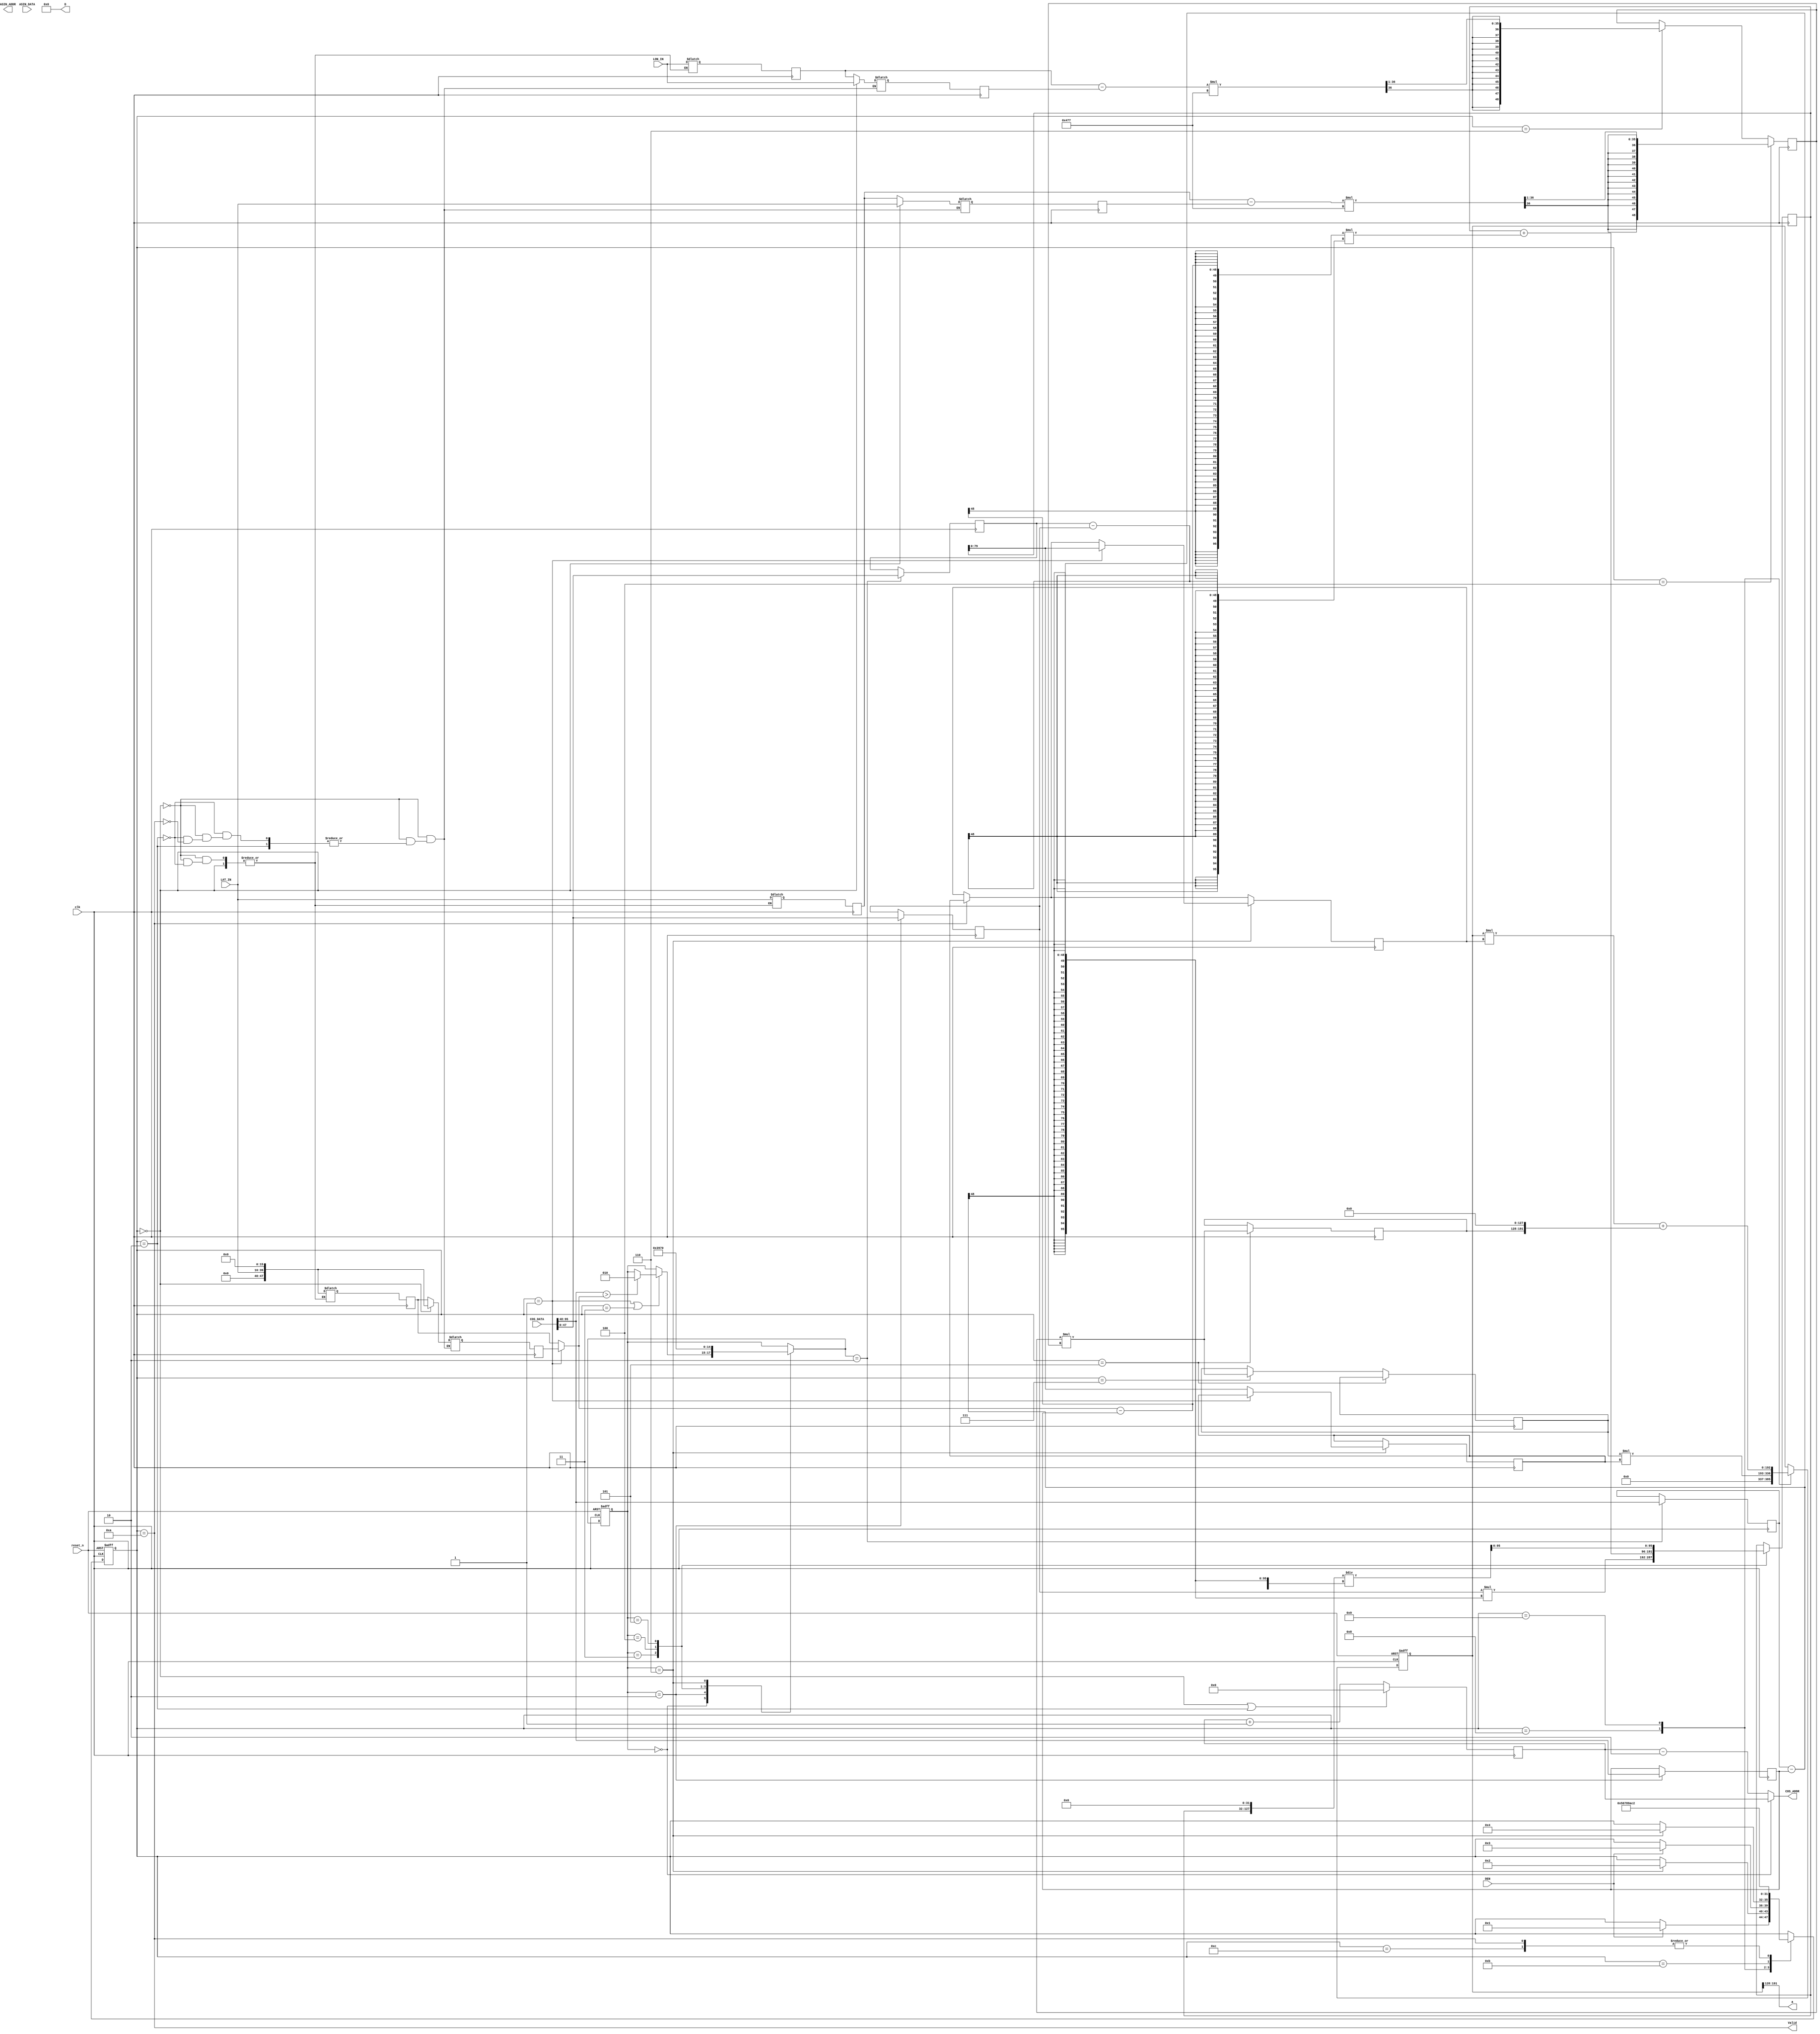
////synopsys translate_off
//`include "/RAID2/cad/synopsys/synthesis/2022.03/dw/sim_ver/DW_sqrt.v"
////synopsys translate_on

`timescale 1ns/10ps
module GPSDC(clk, reset_n, DEN, LON_IN, LAT_IN, COS_ADDR, COS_DATA, ASIN_ADDR, ASIN_DATA, Valid, a, D);
input              clk;
input              reset_n;
input              DEN;
input      [23:0]  LON_IN;
input      [23:0]  LAT_IN;
input      [95:0]  COS_DATA;
output     [6:0]   COS_ADDR;
input      [127:0] ASIN_DATA;
output     [5:0]   ASIN_ADDR;
output             Valid;
output     [39:0]  D;
output     [63:0]  a;

parameter SF = 2.0**-16;

parameter INPUT1 = 0;
parameter COS1 = 1;
parameter INPUT2 = 2;
parameter COS2 = 3;
parameter SIN1 = 4;
parameter SQ1 = 5;
parameter SIN2 = 6;
parameter SQ2 = 7;
parameter COSA_MUL_COSB = 8;
parameter CAL_A = 9;
parameter ARCSIN = 10;
parameter MUL_R = 11;
parameter OUT = 12;

parameter TB_GET_ADDR = 0;
parameter TB_GET_DATA2 = 2;
parameter TB_MUL_1 = 3;
parameter TB_MUL_2 = 4;
parameter TB_DIV = 5;
parameter TB_OUT = 6;

reg [3:0] cs, ns;
reg [2:0] cos_cs, cos_ns;
reg [2:0] arcsin_cs, arcsin_ns;

reg [23:0] latA_reg, lonA_reg, latB_reg, lonB_reg; // 8.16
reg [23:0] latA_nxt, lonA_nxt, latB_nxt, lonB_nxt;
reg [47:0] rad_latA_reg, rad_latB_reg; // 16.32
reg [47:0] rad_latA_nxt, rad_latB_nxt; // 16.32
reg [128+64:0] a_reg;
reg [128+64:0] a_nxt;

reg [6:0] addr_cnt;
reg [6:0] addr_cnt_nxt;

reg [47:0] cos_lat1_reg, cos_lat2_reg, cos_in1_reg, cos_in2_reg;
reg [47:0] cos_lat1_nxt, cos_lat2_nxt, cos_in1_nxt, cos_in2_nxt;

reg [47+32:0] cos_latA_reg, cos_latB_reg;
reg [47+32:0] cos_latA_nxt, cos_latB_nxt;

reg [95:0] cos_out_reg;
reg [95:0] cos_out_nxt;

reg [47:0] cos_in;

reg signed [48:0] sin_out_reg;
reg signed [48:0] sin_out_nxt;

reg [63:0] sq1_reg, sq2_reg;
reg [63:0] sq1_nxt, sq2_nxt;

always@(*) begin //INPUT
  if (cs == COS1) begin
    cos_in = rad_latA_reg;
  end else begin
    cos_in = rad_latB_reg;
  end
end

always@(*) begin //INPUT
  if (cs == INPUT1) begin
    latA_nxt = LAT_IN;
    lonA_nxt = LON_IN;
    rad_latA_nxt = {LAT_IN, 16'd0};
  end else if (cs == INPUT2) begin
    latB_nxt = LAT_IN;
    lonB_nxt = LON_IN;
    rad_latB_nxt = {LAT_IN, 16'd0};
  // end else if (cs == OUT) begin
  end else if (cs == ARCSIN) begin
    latA_nxt = latB_reg;
    lonA_nxt = lonB_reg;
    rad_latA_nxt = rad_latB_reg;
  end
end

always@(*) begin //CAL A
  case(cs) 
    COSA_MUL_COSB: begin
      a_nxt = sq2_reg * cos_latB_reg;
      // $display("sq2_reg: %.32f", $itor(sq2_reg)*SF**4);
      // $display("cos_latB_reg: %.32f", $itor(cos_latB_reg)*SF**2);
      // $display("a_nxt: %.32f", $itor(a_nxt)*SF**6);
    end
    CAL_A: begin
      a_nxt = a_reg * cos_latA_reg + {sq1_reg, 128'd0};
      // $display("a_reg: %.32f", $itor(a_reg)*SF**6);
      // $display("cos_latA_reg: %.32f", $itor(cos_latA_reg)*SF**2);
      // $display("sq1_reg: %.32f", $itor(sq1_reg)*SF**4);
      // $display("a_nxt: %.32f", $itor(a_nxt)*SF**8);
    end
    default: begin
      a_nxt = a_reg;
    end
  endcase
end

always@(*) begin //MAIN_FSM
  case(cs)
    INPUT1: begin
      if (DEN) 
        ns = COS1;
      else
        ns = cs;
    end
    COS1: begin
      if (cos_cs == TB_OUT)
        ns = INPUT2;
      else
        ns = cs;
    end
    INPUT2: begin
      if (DEN)
        ns = COS2;
      else
        ns = cs;
    end
    COS2: begin
      if (cos_cs == TB_OUT)
        ns = SIN1;
      else
        ns = cs;
    end
    SIN1: begin
      ns = SQ1;
    end
    SQ1: begin
      ns = SIN2;
    end
    SIN2: begin
      ns = SQ2;
    end
    SQ2: begin
      ns = COSA_MUL_COSB;
    end
    COSA_MUL_COSB: begin
      ns = CAL_A;
    end
    CAL_A: begin
      ns = ARCSIN;
    end
    ARCSIN: begin
      // if (arcsin_cs == TB_DIV)
        // ns = MUL_R;
      // else
        // ns = cs;
      ns = INPUT2;
    end
    MUL_R: begin
      ns = OUT;
    end
    OUT: begin
      ns = INPUT2;
    end
    default: begin
      ns = cs;
    end
  endcase
end

assign COS_ADDR = (cos_cs == TB_GET_ADDR)? addr_cnt : addr_cnt-2;

always@(*) begin //ADDR CNT
  addr_cnt_nxt = addr_cnt + 1;
  if (cs == INPUT1 || cs == INPUT2) begin
    addr_cnt_nxt = 0;
  end
end

always@(*) begin // COS_IN2
  if (cos_ns == TB_GET_DATA2) begin
    cos_in2_nxt = COS_DATA[95:48];
    cos_lat2_nxt = COS_DATA[47:0];
  end else begin
    cos_in2_nxt = cos_in2_reg;
    cos_lat2_nxt = cos_lat2_reg;
  end
end

always@(*) begin // COS_IN1
  if (cos_cs == TB_GET_DATA2) begin
    cos_in1_nxt = COS_DATA[95:48];
    cos_lat1_nxt = COS_DATA[47:0];
  end else begin
    cos_in1_nxt = cos_in1_reg;
    cos_lat1_nxt = cos_lat1_reg;
  end
end

always@(*) begin // COS_AB
  cos_latA_nxt = cos_latA_reg;
  cos_latB_nxt = cos_latB_reg;
  // if (cs==OUT)
  if (cs==ARCSIN)
    cos_latA_nxt = cos_latB_reg;
  if(cos_cs==TB_OUT) begin
    if (cs==COS1) 
      cos_latA_nxt = cos_out_reg;
    else
      cos_latB_nxt = cos_out_reg;
    // $display("cos_latA_nxt: %.32f", $itor(cos_latA_nxt)*SF**2);
    // $display("cos_latB_nxt: %.32f", $itor(cos_latB_nxt)*SF**2);
  end
end

always@(*) begin // COS_OUT
  case(cos_cs)
    TB_MUL_1: begin
      cos_out_nxt = cos_lat1_reg * (cos_in2_reg - cos_in1_reg);
    end
    TB_MUL_2: begin
      cos_out_nxt = cos_out_reg + ((cos_in - cos_in1_reg) * (cos_lat2_reg - cos_lat1_reg));
    end
    TB_DIV: begin
      cos_out_nxt = {cos_out_reg, 32'd0} / (cos_in2_reg - cos_in1_reg);
      // $display("cos_in1_reg: %.32f", $itor(cos_in1_reg)*SF**2);
      // $display("cos_in2_reg: %.32f", $itor(cos_in2_reg)*SF**2);
      // $display("cos_in: %.32f", $itor(cos_in)*SF**2);
      // $display("cos_lat1_reg: %.32f", $itor(cos_lat1_reg)*SF**2);
      // $display("cos_lat2_reg: %.32f", $itor(cos_lat2_reg)*SF**2);
      // $display("cos_out_nxt: %.32f", $itor(cos_out_nxt)*SF**2);
    end
    default:
      cos_out_nxt = cos_out_reg;
  endcase
end


always@(*) begin // SIN
  if (cs == SIN1) begin
    sin_out_nxt = (($signed({1'b0,latB_reg}) - $signed({1'b0,latA_reg})) * $signed({1'b0,16'h477})) >>> 1;
  end else if (cs == SIN2) begin
    sin_out_nxt = (($signed({1'b0,lonB_reg}) - $signed({1'b0,lonA_reg})) * $signed({1'b0,16'h477})) >>> 1;
  end else begin
    sin_out_nxt = sin_out_reg;
  end
end

wire signed [200:0] sq_temp;

assign sq_temp = sin_out_reg * sin_out_reg;

always@(*) begin // SQ
  sq1_nxt = sq1_reg;
  sq2_nxt = sq2_reg;
  if (cs == SQ1) begin
    sq1_nxt = sq_temp[63:0];
    // $display("%.40f", $itor(sin_out_reg)*SF**2);
    // $display("%h", sin_out_reg);
    // $display("%.40f", $itor(sq_temp)*SF**4);
    // $display("%h", sq_temp);
  end else if (cs == SQ2) begin
    sq2_nxt = sq_temp[63:0];
  end 
end

always@(*) begin //COS
  case(cos_cs)
    TB_GET_ADDR: begin
      if (cs == COS1 || cs == COS2) begin
        if (COS_DATA[95:48] > cos_in)
          cos_ns = TB_GET_DATA2;
        else
          cos_ns = cos_cs;
      end else begin
        cos_ns = cos_cs;
      end
    end
    TB_GET_DATA2: begin
      cos_ns = TB_MUL_1;
    end
    TB_MUL_1: begin
      cos_ns = TB_MUL_2;
    end
    TB_MUL_2: begin
      cos_ns = TB_DIV;
    end
    TB_DIV: begin
      cos_ns = TB_OUT;
    end
    TB_OUT: begin
      cos_ns = TB_GET_ADDR;
    end
    default: begin
      cos_ns = cos_cs;
    end
  endcase
end

assign a = a_reg[191-:64];
assign Valid = (cs==ARCSIN);
assign D = 0;

always@(posedge clk, negedge reset_n) begin
  if (!reset_n) begin
    cs <= 0;
    cos_cs <= 0;
    arcsin_cs <= 0;
    a_reg <= 0;
  end else begin
    cs <= ns;
    cos_cs <= cos_ns;
    arcsin_cs <= arcsin_ns;
    a_reg <= a_nxt;
  end
end

always@(posedge clk) begin
  latA_reg <= latA_nxt;
  latB_reg <= latB_nxt;
  lonA_reg <= lonA_nxt;
  lonB_reg <= lonB_nxt;
  rad_latA_reg <= rad_latA_nxt;
  rad_latB_reg <= rad_latB_nxt;
  addr_cnt <= addr_cnt_nxt;
  cos_lat1_reg <= cos_lat1_nxt;
  cos_lat2_reg <= cos_lat2_nxt;
  cos_in1_reg <= cos_in1_nxt;
  cos_in2_reg <= cos_in2_nxt;
  cos_latA_reg <= cos_latA_nxt;
  cos_latB_reg <= cos_latB_nxt;
  cos_out_reg <= cos_out_nxt;
  sin_out_reg <= sin_out_nxt;
  sq1_reg <= sq1_nxt;
  sq2_reg <= sq2_nxt;
end

endmodule